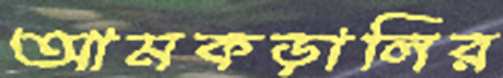
আমকড়ালির